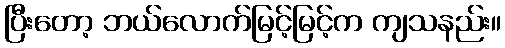
ပြီးတော့ ဘယ်လောက်မြင့်မြင့်က ကျသနည်း။